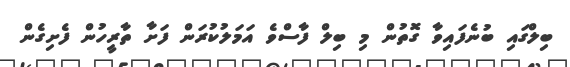
ބިލްގައި ބުނެފައިވާ ގޮތުން މި ބިލް ފާސްވެ އަމަލުކުރަން ފަށާ ތާރީހުން ފެށިގެން